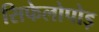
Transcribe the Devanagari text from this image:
सिफेलोपोड़